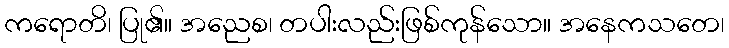
ကရောတိ၊ ပြု၏။ အညေစ၊ တပါးလည်းဖြစ်ကုန်သော။ အနေကသတေ၊